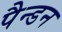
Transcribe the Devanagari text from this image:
पैन्डन